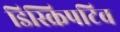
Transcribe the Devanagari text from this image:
डिस्क्रिपटिव